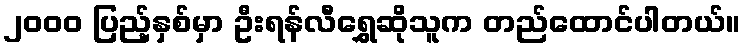
၂၀၀၀ ပြည့်နှစ်မှာ ဦးရန်လီရွှေဆိုသူက တည်ထောင်ပါတယ်။